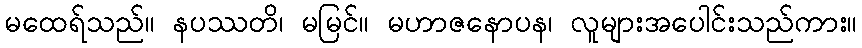
မထေရ်သည်။ နပဿတိ၊ မမြင်။ မဟာဇနောပန၊ လူများအပေါင်းသည်ကား။